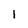
Character: 1